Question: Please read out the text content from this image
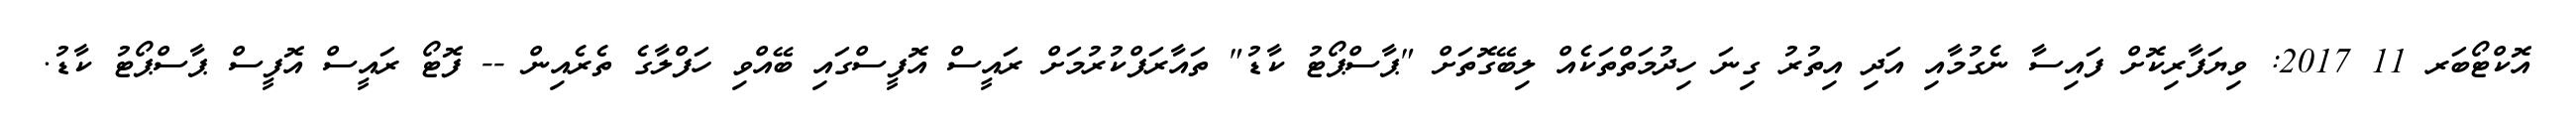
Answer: އޮކްޓޯބަރ 11 2017: ވިޔަފާރިކޮށް ފައިސާ ނެގުމާއި އަދި އިތުރު ގިނަ ހިދުމަތްތަކެއް ލިބޭގޮތަށް "ޕާސްޕޯޓު ކާޑު" ތައާރަފްކުރުމަށް ރައީސް އޮފީސްގައި ބޭއްވި ހަފްލާގެ ތެރެއިން -- ފޮޓޯ ރައީސް އޮފީސް ޕާސްޕޯޓު ކާޑު.